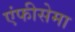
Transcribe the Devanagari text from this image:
एंफीसेमा